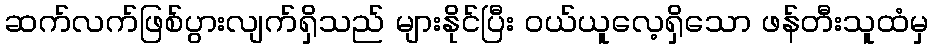
ဆက်လက်ဖြစ်ပွားလျက်ရှိသည် များနိုင်ပြီး ဝယ်ယူလေ့ရှိသော ဖန်တီးသူထံမှ